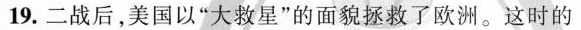
19.二战后，美国以”大救星”的面貌拯救了欧洲。这时的